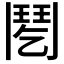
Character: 𩰌